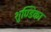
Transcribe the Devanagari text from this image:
शुण्डिका